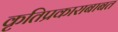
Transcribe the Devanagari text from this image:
कृतिप्रकाराबाबत